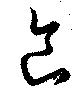
食